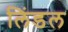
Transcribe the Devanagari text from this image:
लिंडल